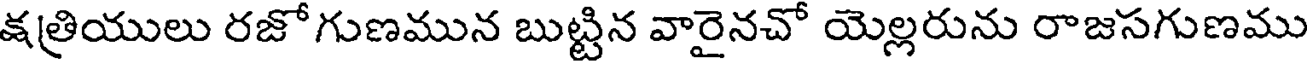
క్షత్రియులు రజోగుణమున బుట్టిన వారైనచో యెల్లరును రాజసగుణము